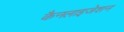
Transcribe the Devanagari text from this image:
कैनलाइजेशन